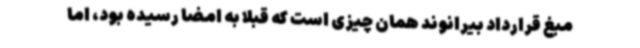
مبغ قرارداد بیرانوند همان چیزی است که قبلا به امضا رسیده بود، اما